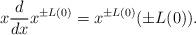
LaTeX: \begin{align*}x\dfrac{d}{dx}x^{\pm L(0)}=x^{\pm L(0)}(\pm L(0)).\end{align*}